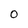
Character: O